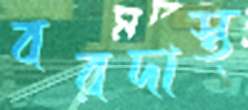
বরদাস্ত্